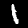
Label: 1